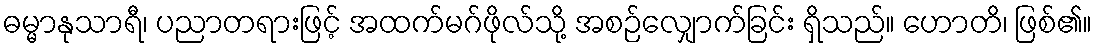
ဓမ္မာနုသာရီ၊ ပညာတရားဖြင့် အထက်မဂ်ဖိုလ်သို့ အစဉ်လျှောက်ခြင်း ရှိသည်။ ဟောတိ၊ ဖြစ်၏။